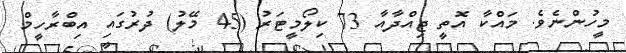
މީހުންނެވެ. މައްކާ އޮތީ ޖިއްދާއާ 73 ކިލޯމީޓަރު (45 މޭލު) ދުރުގައި އިބްރާހީމް